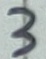
Text: 3